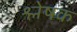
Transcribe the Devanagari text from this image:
श्लेषक